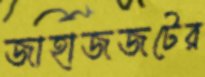
জাহাজজটের